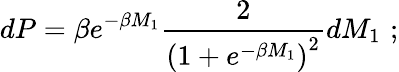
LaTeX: dP=\beta e^{-\beta M_{1}}\frac{2}{\left(1+e^{-\beta M_{1}}\right)^{2}}dM_{1}\, \, ;